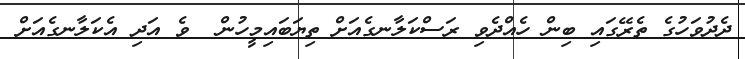
ދެދުވަހުގެ ތެރޭގައި ބިން ހެއްދެވި ރަސްކަލާނގެއަށް ތިޔަބައިމީހުން  ވެ އަދި އެކަލާނގެއަށް